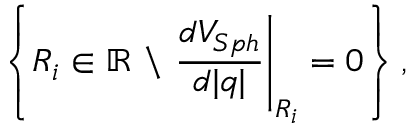
\left\{ R _ { i } \in \mathbb { R } \ \backslash \ \frac { d V _ { S p h } } { d \vert q \vert } \Bigg \vert _ { R _ { i } } = 0 \right\} ,